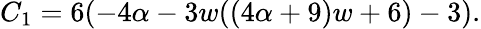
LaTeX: C_{1}=6(-4\alpha-3w((4\alpha+9)w+6)-3).